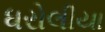
ધરોલીયા